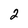
Character: 2